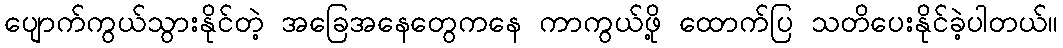
ပျောက်ကွယ်သွားနိုင်တဲ့ အခြေအနေတွေကနေ ကာကွယ်ဖို့ ထောက်ပြ သတိပေးနိုင်ခဲ့ပါတယ်။